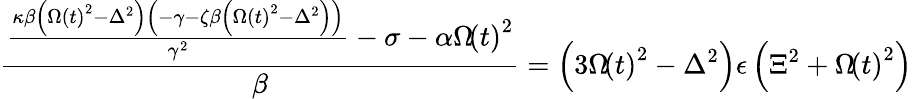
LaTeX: \frac{\frac{\kappa\beta\left(\Omega\left(t\right)^{2}-\Delta^{2}\right)\left(-\gamma-\zeta\beta\left(\Omega\left(t\right)^{2}-\Delta^{2}\right)\right)}{\gamma^{2}}-\sigma-\alpha\Omega\! \left(t\right)^{2}}{\beta}=\left(3\Omega\! \left(t\right)^{2}-\Delta^{2}\right)\epsilon\left(\Xi^{2}+\Omega\! \left(t\right)^{2}\right)